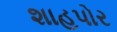
શાહપોર